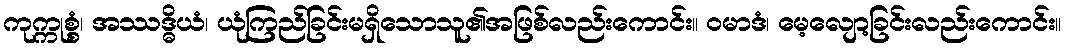
ကုက္ကုစ္စံ၊ အဿဒ္ဓိယံ၊ ယုံကြည်ခြင်းမရှိသောသူ၏အဖြစ်လည်းကောင်း။ ဝမာဒံ၊ မေ့လျော့ခြင်းလည်းကောင်း။